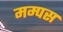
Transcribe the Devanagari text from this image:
मम्पस